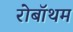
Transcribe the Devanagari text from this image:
रोबॉथम